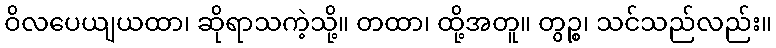
ဝိလပေယျယထာ၊ ဆိုရာသကဲ့သို့။ တထာ၊ ထို့အတူ။ တွဉ္စ၊ သင်သည်လည်း။